Rangoon Lunatic Asylum 1893-1897 - 1893-1897
Year: 1893
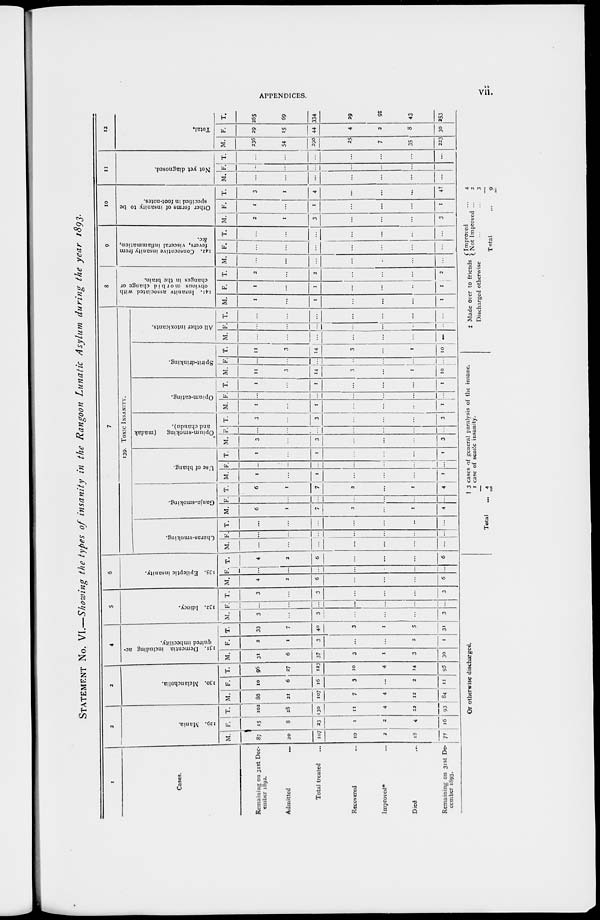
APPENDICES.
vii.
STATEMENT No. VI.—Showing the types of insanity in the Rangoon Lunatic Asylum during the year 1893.
1
Cases.
Remaining on 31st Dec-
ember 1892.
Admitted
...
Total treated ...
Recovered ...
Improved* ...
Died ...
Remaining on 31st De-
cember 1893.
2
129. Mania.
M.
87
20
107
10
2
18
77
F.
15
8
23
1
2
4
16
T.
102
28
130
11
4
22
93
3
130. Melancholia.
M.
86
21
107
7
4
12
84
F.
10
6
16
3
...
2
11
T.
96
27
123
10
4
14
95
4
131. Dementia including ac-
quired imbecility.
M.
31
6
37
3
1
3
30
F.
2
1
3
...
...
2
1
T.
33
7
40
3
1
5
31
5
133. Idiocy.
M.
3
...
3
...
...
...
3
F.
...
...
...
...
...
...
...
T.
3
...
3
...
...
...
3
6
135. Epileptic insanity.
M.
4
2
6
...
...
...
6
F.
...
...
...
...
...
...
...
T.
4
2
6
...
...
...
6
7
139. TOXIC INSANITY.
Charas-smoking.
M.
...
...
...
...
...
...
...
F.
...
...
...
...
...
...
...
T.
...
...
...
...
...
...
...
Ganja-smoking.
M.
6
1
7
2
...
1
4
F.
...
...
...
...
...
...
...
T.
6
1
7
2
...
1
4
Use of bhang.
M.
1
...
1
...
...
...
1
F.
...
...
...
...
...
...
...
T.
1
...
1
...
...
...
1
Opium-smoking
(madak
and chandu).
M.
3
...
3
...
...
...
3
F.
...
...
...
...
...
...
...
T .
3
...
3
...
...
...
3
Opium-eating.
M.
1
...
1
...
...
...
1
F.
...
...
...
...
...
...
...
T.
1
1
...
...
...
1
Spirit-drinking.
M.
11
3
14
3
...
1
10
F.
...
...
...
...
...
...
...
T.
11
3
14
3
...
1
10
All other intoxicants.
M.
...
...
...
...
...
...
...
F
...
...
...
...
...
...
...
T.
...
...
...
...
...
...
...
8
141. Insanity associated with
obvious morbid change or
changes in the brain.
M.
1
...
1
...
...
...
1
F.
1
...
1
...
...
...
1
T.
2
2
...
...
...
2
9
142. Consecutive insanity from
fevers, visceral inflammation,
&c.
M.
...
...
...
...
...
...
...
F.
...
...
...
...
...
...
...
T.
...
...
...
...
...
...
...
10
Other forms of insanity to be
specified in foot-notes.
M.
2
1
3
...
...
...
3
F.
1
...
1
...
...
...
1
T.
3
1
4
...
...
...
4†
11
Not yet diagnosed.
M.
...
...
...
...
...
...
...
F.
...
...
...
...
...
...
...
T.
...
...
...
...
...
...
...
12
Total.
M.
236
54
290
25
7
35
223
F.
29
15
44
4
2
8
30
T.
265
69
334
29
9
43
253
Or otherwise discharged.
Total
† 3 cases of general paralysis of the insane,
1 case of senile insanity.
... 4
‡ Made over to friends
Improved ...
Not Improved ...
Discharged otherwise... ...
Total ...
4
2
3
9